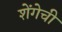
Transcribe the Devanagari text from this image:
शेंगेची